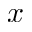
x